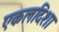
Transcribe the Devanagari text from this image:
एकलदिशा